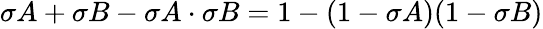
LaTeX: \sigma A+\sigma B-\sigma A\cdot\sigma B=1-(1-\sigma A)(1-\sigma B)